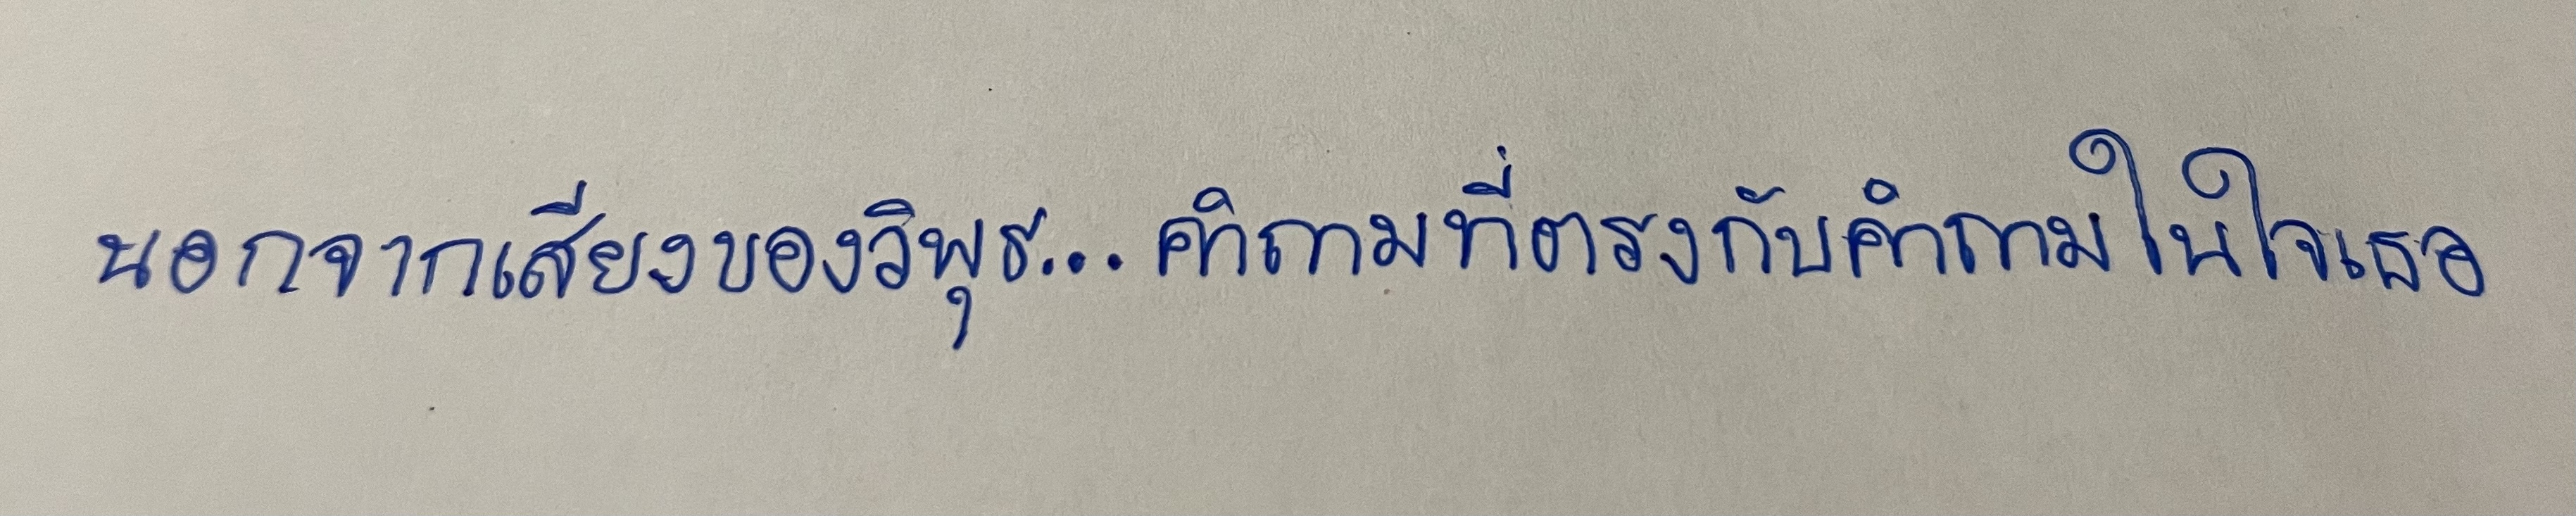
นอกจากเสียงของวิพุธ...คำถามที่ตรงกับคำถามในใจเธอ